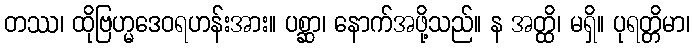
တဿ၊ ထိုဗြဟ္မဒေဝရဟန်းအား။ ပစ္ဆာ၊ နောက်အဖို့သည်။ န အတ္ထိ၊ မရှိ။ ပုရတ္တိမာ၊